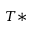
T *